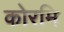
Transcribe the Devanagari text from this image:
कोरमि